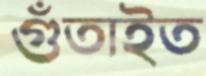
গুঁতাইত